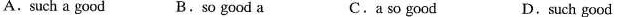
A. such a good B. so good a C. a so good D. such good